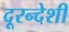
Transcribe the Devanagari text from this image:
दूरन्देशी